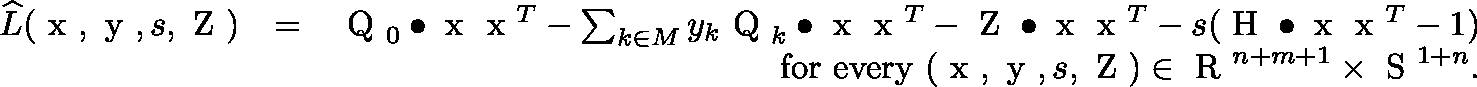
\begin{array} { r l r } { \widehat { L } ( \mathrm { \boldmath ~ x ~ } , \mathrm { \boldmath ~ y ~ } , s , \mathrm { \boldmath ~ Z ~ } ) } & { = } & { \mathrm { \boldmath ~ Q ~ } _ { 0 } \bullet \mathrm { \boldmath ~ x ~ } \mathrm { \boldmath ~ x ~ } ^ { T } - \sum _ { k \in M } y _ { k } \mathrm { \boldmath ~ Q ~ } _ { k } \bullet \mathrm { \boldmath ~ x ~ } \mathrm { \boldmath ~ x ~ } ^ { T } - \mathrm { \boldmath ~ Z ~ } \bullet \mathrm { \boldmath ~ x ~ } \mathrm { \boldmath ~ x ~ } ^ { T } - s ( \mathrm { \boldmath ~ H ~ } \bullet \mathrm { \boldmath ~ x ~ } \mathrm { \boldmath ~ x ~ } ^ { T } - 1 ) } \\ & { } & { \mathrm { f o r ~ e v e r y ~ } ( \mathrm { \boldmath ~ x ~ } , \mathrm { \boldmath ~ y ~ } , s , \mathrm { \boldmath ~ Z ~ } ) \in \mathrm { ~ \mathbb { R } ~ } ^ { n + m + 1 } \times \mathrm { ~ \mathbb { S } ~ } ^ { 1 + n } . } \end{array}